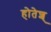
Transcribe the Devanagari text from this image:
होतेश्